Scientific memoirs by medical officers of the Army of India - Part IV,
Year: 1889
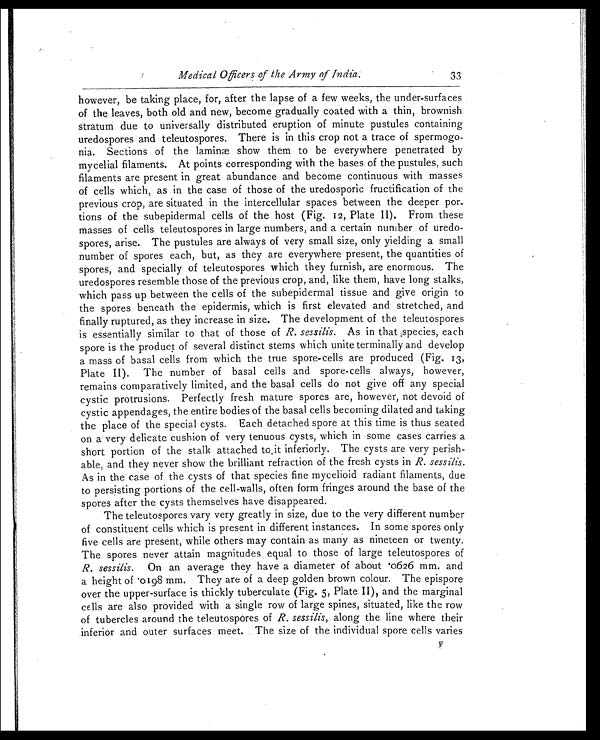
Medical Officers of the Army of India.
33
however, be taking place, for, after the lapse of a few weeks, the under-surfaces
of the leaves, both old and new, become gradually coated with a thin, brownish
stratum due to universally distributed eruption of minute pustules containing
uredospores and teleutospores. There is in this crop not a trace of spermogo
-nia. Sections of the laminæ show them to be everywhere penetrated by
mycelial filaments. At points corresponding with the bases of the pustules, such
filaments are present in great abundance and become continuous with masses
of cells which, as in the case of those of the uredosporic fructification of the
previous crop, are situated in the intercellular spaces between the deeper por-
tions of the subepidermal cells of the host (Fig. 12, Plate II). From these
masses of cells teleutospores in large numbers, and a certain number of uredo
-spores, arise. The pustules are always of very small size, only yielding a small
number of spores each, but, as they are everywhere present, the quantities of
spores, and specially of teleutospores which they furnish, are enormous. The
uredospores resemble those of the previous crop, and, like them, have long stalks,
which pass up between the cells of the subepidermal tissue and give origin to
the spores beneath the epidermis, which is first elevated and stretched, and
finally ruptured, as they increase in size. The development of the teleutospores
is essentially similar to that of those of R. sessilis. As in that species, each
spore is the product of several distinct stems which unite terminally and develop
a mass of basal cells from which the true spore-cells are produced (Fig. 13,
Plate II). The number of basal cells and spore-cells always, however,
remains comparatively limited, and the basal cells do not give off any special
cystic protrusions. Perfectly fresh mature spores are, however, not devoid of
cystic appendages, the entire bodies of the basal cells becoming dilated and taking
the place of the special cysts. Each detached spore at this time is thus seated
on a very delicate cushion of very tenuous cysts, which in some cases carries a
short portion of the stalk attached to it inferiorly. The cysts are very perish
-able, and they never show the brilliant refraction of the fresh cysts in R. sessilis.
As in the case of the cysts of that species fine mycelioid radiant filaments, due
to persisting portions of the cell-walls, often form fringes around the base of the
spores after the cysts themselves have disappeared.
The teleutospores vary very greatly in size, due to the very different number
of constituent cells which is present in different instances. In some spores only
five cells are present, while others may contain as many as nineteen or twenty.
The spores never attain magnitudes equal to those of large teleutospores of
R. sessilis. On an average they have a diameter of about .0626 mm. and
a h e i g h t o f . 0 1 9 8 mm. T h e y a r e o f a d e e p g o l d e n b r o w n c o l o u r . T h e e p i s p o r e
over the upper-surface is thickly tuberculate (Fig. 5, Plate II), and the marginal
cells are also provided with a single row of large spines, situated, like the row
of tubercles around the teleutospores of R. sessilis, along the line where their
inferior and outer surfaces meet. The size of the individual spore cells varies
F